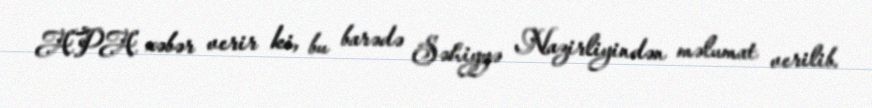
APA xəbər verir ki, bu barədə Səhiyyə Nazirliyindən məlumat verilib.